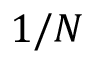
1 / N